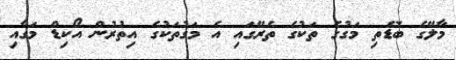
މާލޭގެ ބޮޑެތި މަގުގެ ތަކުގެ ތެރޭގައި އެ މަގުތަކުގެ އިތުރުން އޯކިޑް މަގާއި